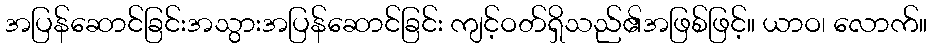
အပြန်ဆောင်ခြင်းအသွားအပြန်ဆောင်ခြင်း ကျင့်ဝတ်ရှိသည်၏အဖြစ်ဖြင့်။ ယာဝ၊ လောက်။